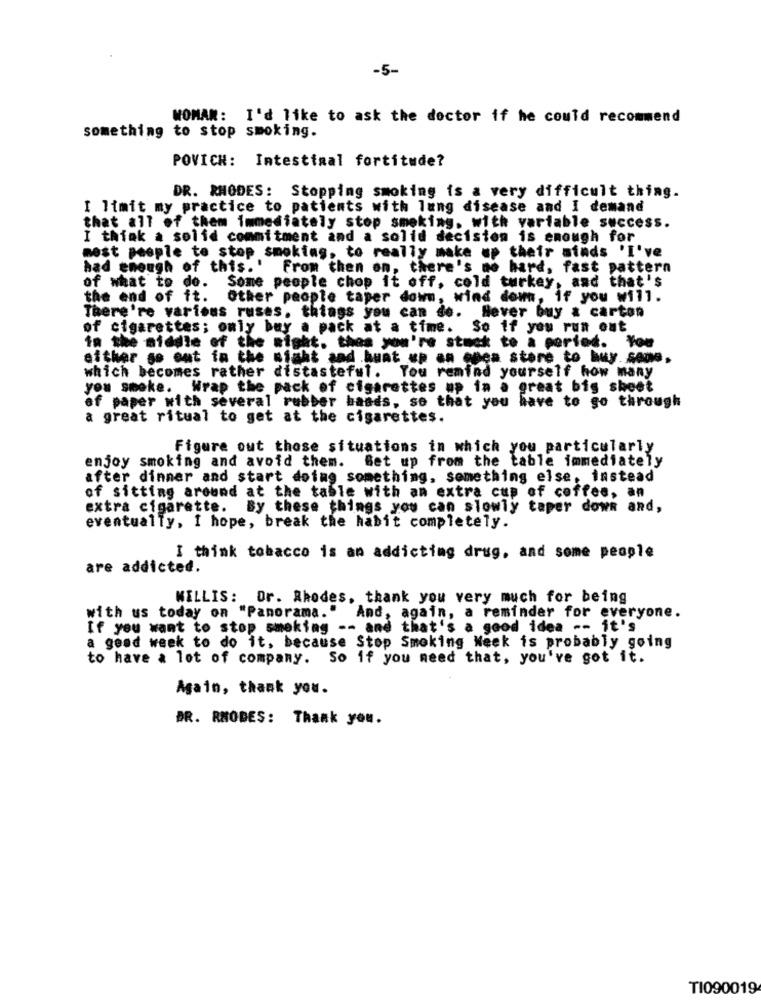
-5-
WOMAN: I'd like to ask the doctor if he could recommend
something to stop smoking.
POVICH: Intestinal fortitude?
DR. RHODES: Stopping smoking is a very difficult thing.
I limit my practice to patients with lung disease and I demand
that all of them immediately stop smoking, with variable success.
I think a solid commitment and a solid decision is enough for
most people to stop smoking, to really make up their minds 'I've
had enough of this.' From then on, there's no hard, fast pattern
of what to do.
Some people chop it off, cold turkey, and that's
the end of it.
Other people taper down, wind down, 1
if you will.
There're various ruses, things you can do. Hever buy & carton
of cigarettes; only buy a pack at a time. So if you run out
in the middle of the night. then you're stock to a period.
You
either go out in the night and buat up an enea store to buy. some.
which becomes rather distasteful. You remind yourself how many
you smoke. Wrap the pack of cigarettes up in a great big sheet
of paper with several rubber bands, so that you have to go through
a great ritual to get at the cigarettes.
Figure out those situations in which you particularly
enjoy smoking and avoid them. Get up from the table immediately
after dinner and start doing something, something else, instead
of sitting around at the table with an extra cup of coffee, an
extra cigarette.
By these things you can slowly taper down and,
eventually, I hope, break the habit completely.
I think tobacco is an addicting drug, and some people
are addicted.
MELLIS: Dr. Rhodes, thank you very much for being
with us today on "Panorama." And, again, a reminder for everyone.
If you want to stop smoking -- and that's a good idea -- it's
a gend week to do it, because Stop Smoking Week is probably going
to have a lot of company. So if you need that, you've got it.
Again, thank you.
DR. RHODES: Thank you.
TI090019